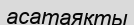
асатаяқты